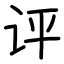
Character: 评